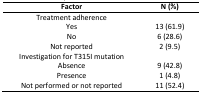
| Factor | N (%) |
 | --- | --- |
 | Treatment adherence |  |
 | Yes | 13 (61.9) |
 | No | 6 (28.6) |
 | Not reported | 2 (9.5) |
 | Investigation for T315I mutation |  |
 | AbsencePresenceNot performed or not reported | 9 (42.8)1 (4.8)11 (52.4) |